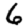
Digit: 6